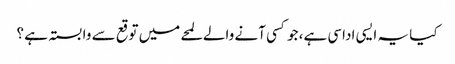
کیا یہ ایسی اداسی ہے، جو کسی آنے والے لمحے میں توقع سے وابستہ ہے ؟